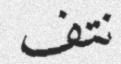
نتف